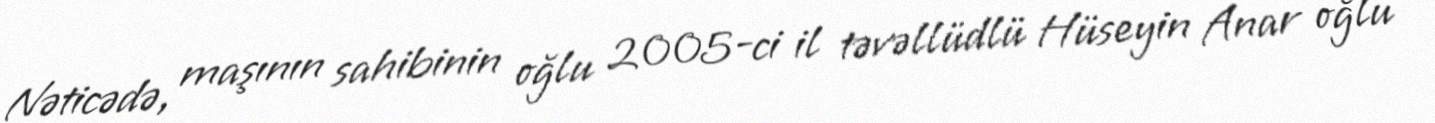
Nəticədə, maşının sahibinin oğlu 2005-ci il təvəllüdlü Hüseyin Anar oğlu